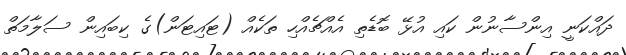
ދައްކަނީ އިންސާނުން ކައި އުޅޭ ބޮޑެތި އެއްޗެއްހި ތަކެއް (ޓައިޓަން)ގެ ކިބައިން ސަލާމަތް